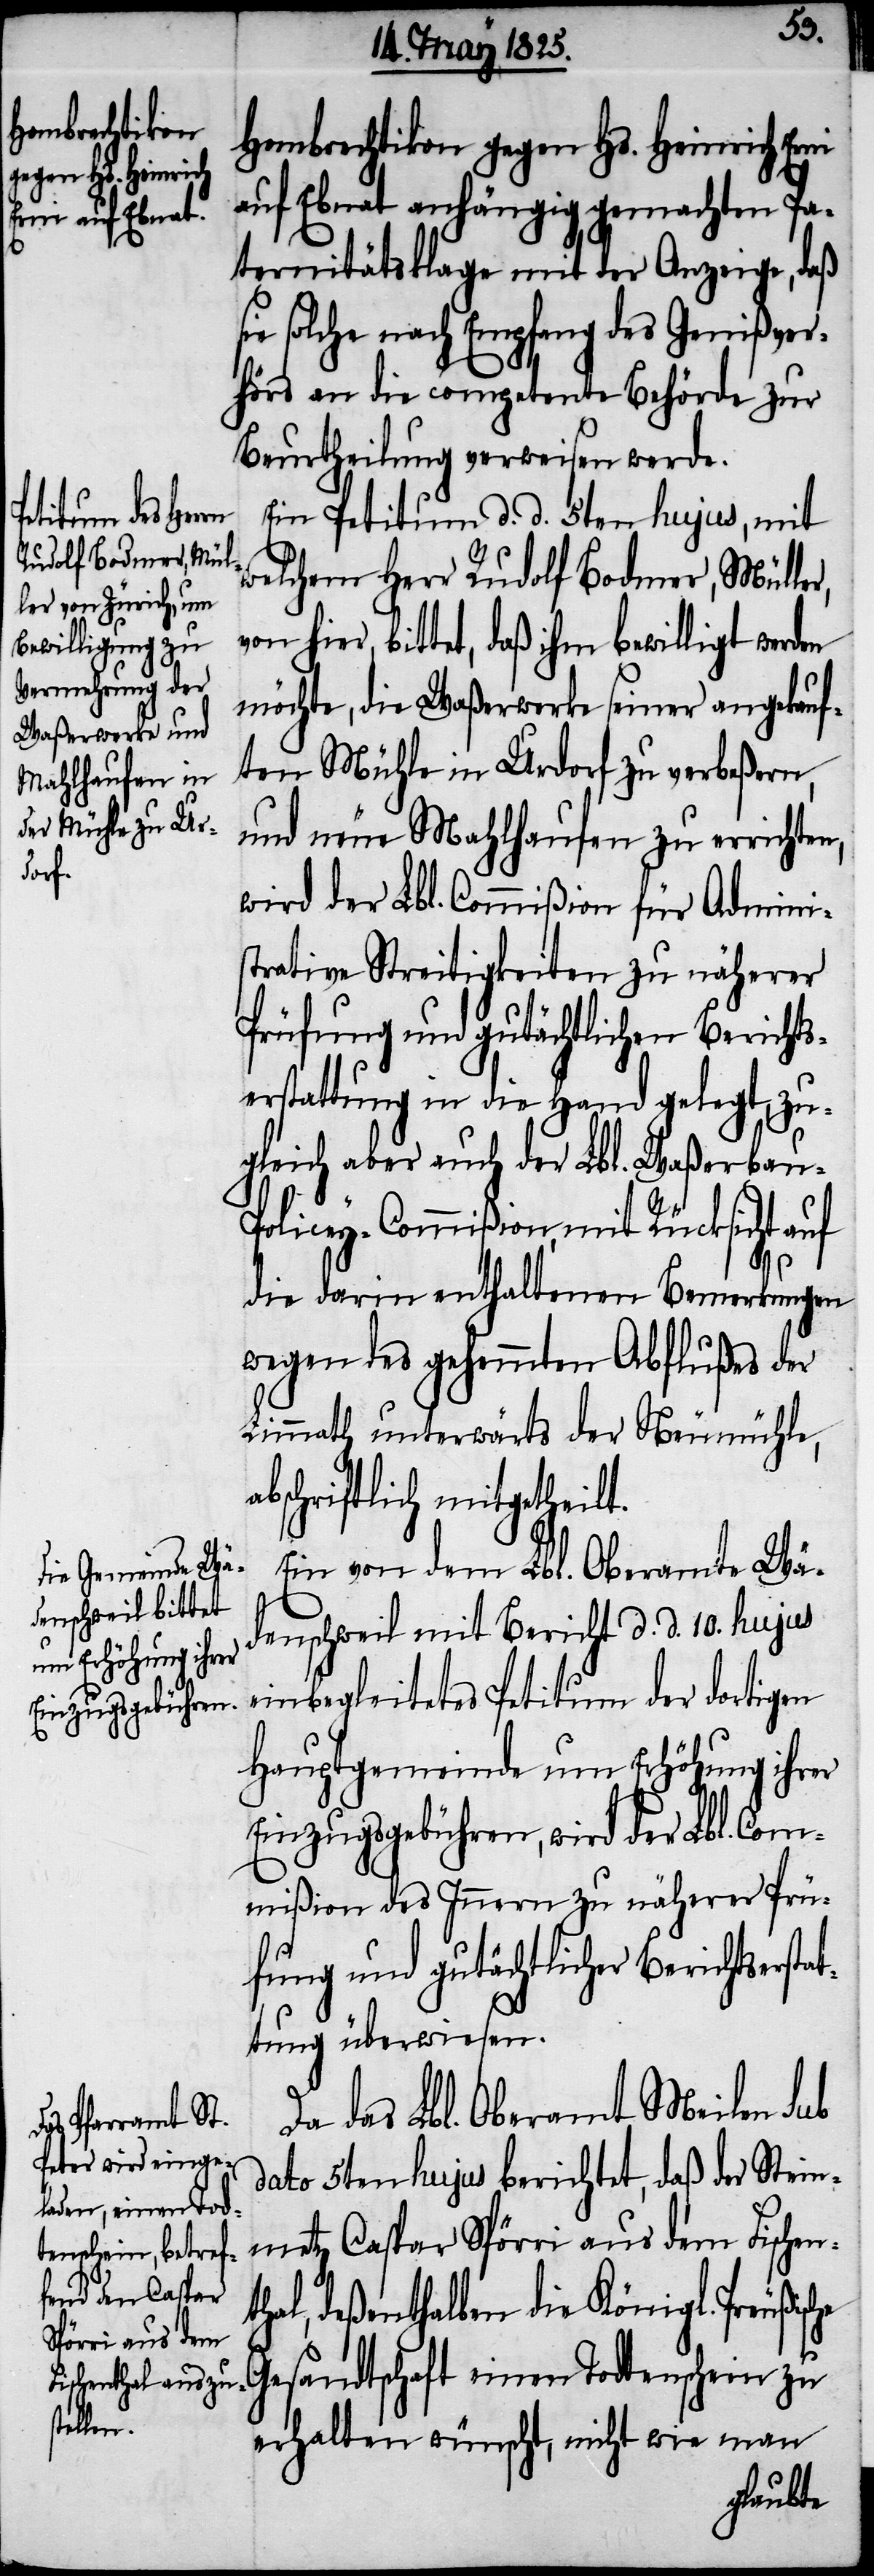
Hombrechtikon gegen Hs. Heinrich Erni
auf Ebnat anhängig gemachten Pa¬
ternitätsklage mit der Anzeige, daß
sie solche nach Empfang des Genißver¬
hörs an die competente Behörde zur
Beurtheilung verweisen werde.
Ein Petitum d. d. 5ten hujus, mit
welchem Herr Rudolf Bodmer, Mülle¬
on hier, bittet, daß ihm bewilligt werden
möchte, die Waßerwerke seiner angekauf¬
ten Mühle in Urdorf zu verbeßern,
und neue Mahlhausen zu errichten,
wird der Lbl. Commißion für Admini¬
strative Streitigkeiten zu näherer
Prüfung und gutächtlichen Berichts¬
erstattung in die Hand gelegt, zu¬
gleich aber auch der Lbl. Waßerbau-P¬
olicey-Commißion, mit Rücksicht auf
v¬
die darin enthaltenen Bemerkungen
wegen des gehemmten Abflußes der
Limmath unterwärts der Neumühle,
abschriftlich mitgetheilt.
Ein von dem Lbl. Oberamte Wä¬
denschweil mit Bericht d. d. 10. hujus
einbegleitetes Petitum der dortigen
Hauptgemeinde um Erhöhung ihrer
Einzugsgebühren, wird der Lbl. Com¬
mißion des Innern zu näherer Prü¬
fung und gutächtlicher Berichtserst¬
attung überwiesen.
Da das Lbl. Oberamt Meilen sub
dato 5ten hujus berichtet, daß der Stein¬
metz Caspar Spörri aus dem Fischen¬
thal, deßenthalben die Königl. Preußische
Gesandtschaft einen Todtenschein zu
erhalten wünscht, nicht wie man